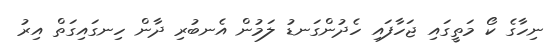
ނިހާގެ ކޯ މަތީގައި ޖަހާފައި ހެދުންގަނޑު ލަމުން އެނބުރި ދާން ހިނގައިގަތް އިރު